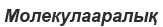
Молекулааралық